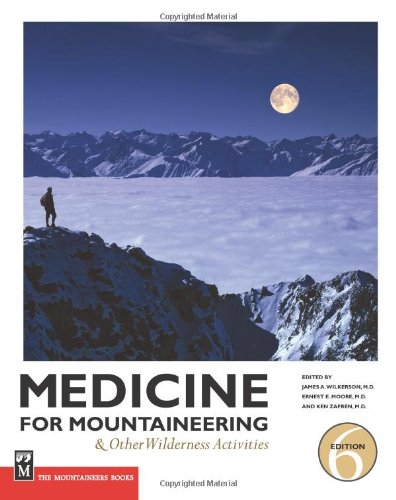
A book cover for Medicine for Mountaineering & Other Wilderness Activities; Sports & Outdoors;